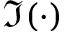
\Im ( \cdot )